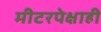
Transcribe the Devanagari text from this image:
मीटरपेक्षाही